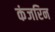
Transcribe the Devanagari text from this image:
कंजरिन